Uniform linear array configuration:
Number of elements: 16
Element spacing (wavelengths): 0.25
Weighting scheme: kaiser
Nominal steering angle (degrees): -15
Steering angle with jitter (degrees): -13.508
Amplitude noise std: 0.05
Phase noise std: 0.05

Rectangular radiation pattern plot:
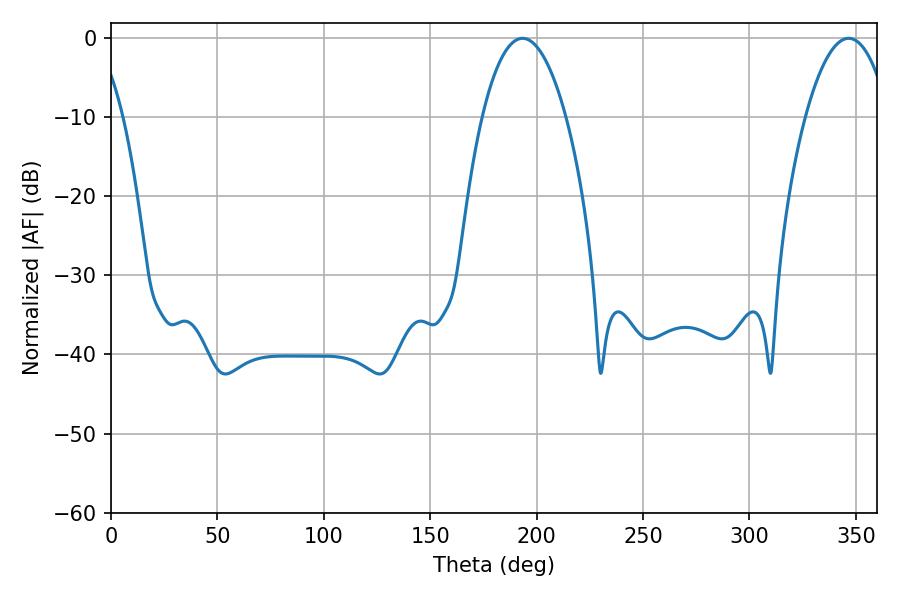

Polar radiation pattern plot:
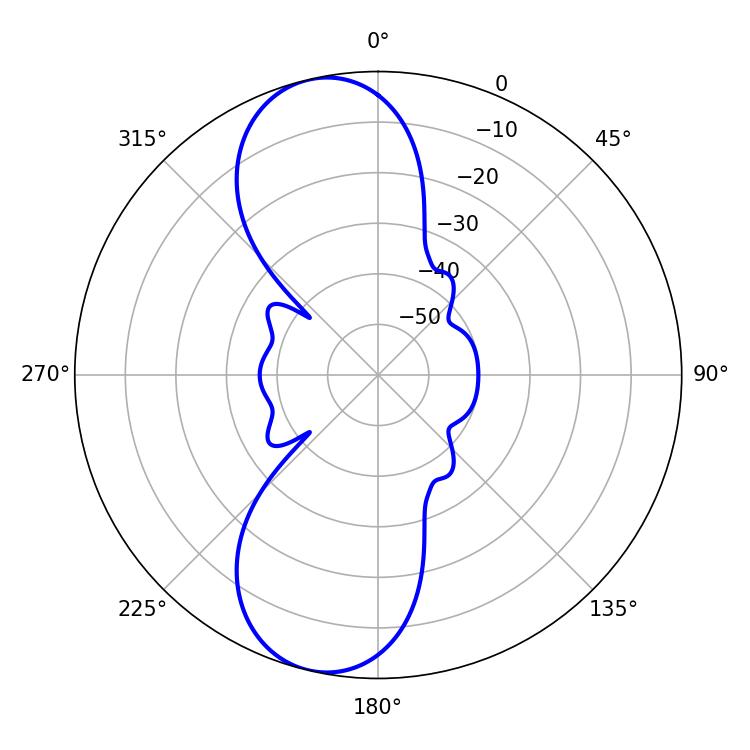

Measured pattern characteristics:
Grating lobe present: FALSE
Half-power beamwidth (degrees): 21.78
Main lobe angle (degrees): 193.32